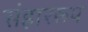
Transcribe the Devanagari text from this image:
संहाररूप